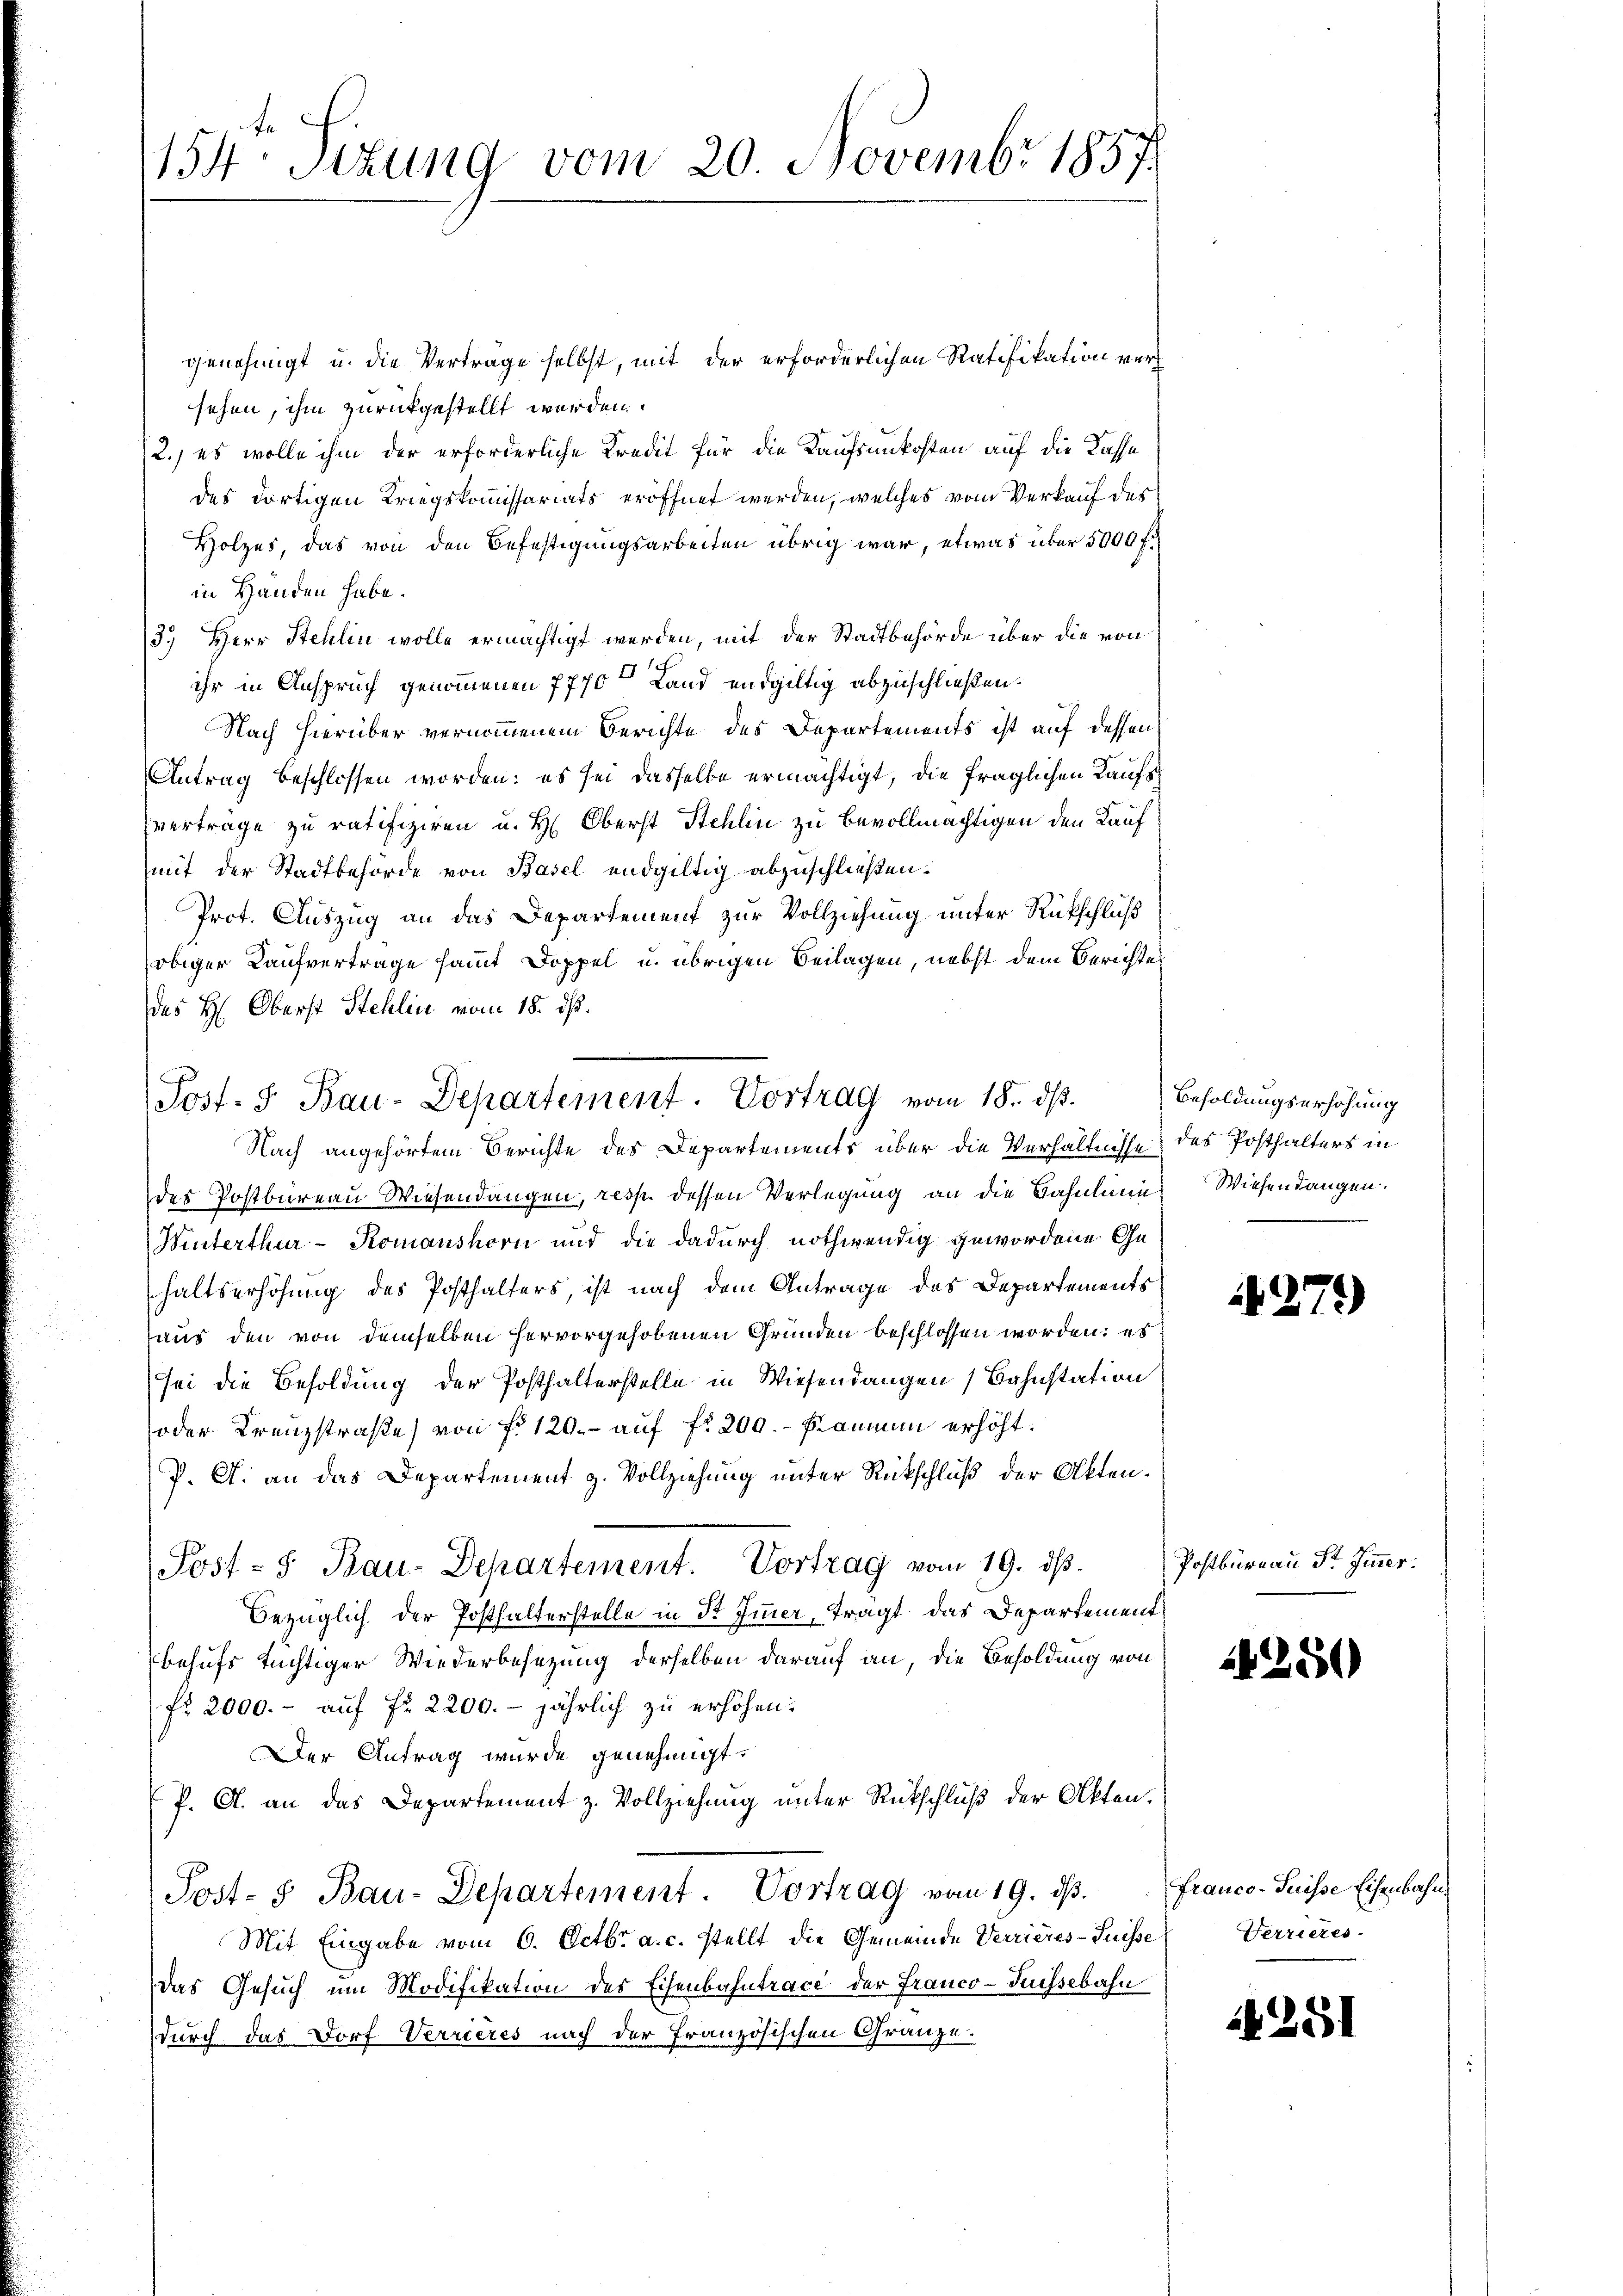
154. Sizung vom 20. Novembr 1857.

genehmigt u. die Verträge selbst, mit der erforderlichen Ratifikation versehen, ihm zurückgestellt werden.
2., es wolle ihm der erforderliche Kredit für die Kaufsunkosten auf die Kassa
des dortigen Kriegskommissariats eröffnet werden, welches vom Verkauf des
Holzes, das von den Befestigungsarbeiten übrig war, etwas über 5000 f.
in Handen habe.
3.) Herr Stehlin wolle ermächtigt werden, mit der Stadtbehörde über die von
ihr in Anspruch genommenen 7770 Land endgültig abzuschließen.
Nach hierüber vernommenem Berichte des Departements ist auf dessen
Antrag beschlossen worden: es sei dasselbe ermächtigt, die fraglichen Kaufsch
verträge zu ratifiziren u. H. Oberst Stehlin zu bevollmächtigen den Kauf
mit der Stadtbehörde von Basel endgültig abzuschließen.
Prot. Auszug an das Departement zur Vollziehung unter Rückschluß
obiger Kaufvertrage samt Doppel u. übrigen Beilagen, nebst dem Berichte
des H: Oberst Stehlin vom 18. ds.
Nach angehörtem Berichte des Departements über die Verhältnisse des Posthalters in
des Postbureau Wiesendangen, resp. dessen Verlegung an die Bahnlinie
Winterthur-Komanshorn und die dadurch nothwendig gewordene Gehaltserhöhung des Posthalters, ist nach dem Antrage des Departements
aus den von demselben hervorgehobenen Gründen beschlossen worden; es
sei die Besoldung der Posthalterstelle in Wiesendangen Bahnstation
oder Kreuzstraße von f. 120.- auf fr 200.- Kammen erhöht.
P. A. an das Departement H. Vollziehung unter Rückschluß der Akten.
Post- & Bau-Departement. Vortrag vom 19. ds.
Bezüglich der Posthalterstelle in St. Immer, trägt das Departement
behufs tüchtiger Wiederbesezung derselben darauf an, die Besoldung von
fr. 2000.- aŭf fr. 2200. jährlich zu erhöhen:
Der Antrag wurde genehmigt.
P. A. an das Departement z. Vollziehung unter Rückschluß der Akten.
Post- & Bau-Departement. Vortrag vom 19. ds.
Mit Eingabe vom 6. Octbr. a. c. stellt die Gemeinde Verrieres-Suisse
Das Gesuch um Modifikation der Eisenbahntrace der Franco- Puissebahn
durch das Dorf Verrieres nach der französischen Gränze.

Post. J. Bau-Departement. Vortrag vom 18. ds.

Besoldungserhöhung
Wiesendangen.

1271)

Postbüreau St. Sinner.

1250

franco-Suisse Eisenbahn.
Verrieres

4251